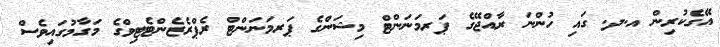
އޭގެކުރިން އ.ދ. ގައި ހުންނަ ރާއްޖޭގެ ޕަރމަނަންޓް މިޝަންގެ ޕަރމަނަންޓް ރެޕްރެޒެންޓެޓިވްގެ މަގާމުގައިވެސް